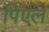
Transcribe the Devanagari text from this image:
पिएल